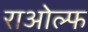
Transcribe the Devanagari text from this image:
राओल्फ